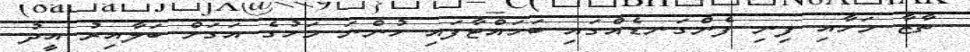
ތާޒާ މަހާއި ފިނި ފެންގަނޑެއްގައި ބަހައްޓާފައި ހުންނަ މަހުގެ އަގަށް ބަލާއިރު އީދު